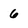
Character: 6